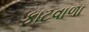
કાટવાળા